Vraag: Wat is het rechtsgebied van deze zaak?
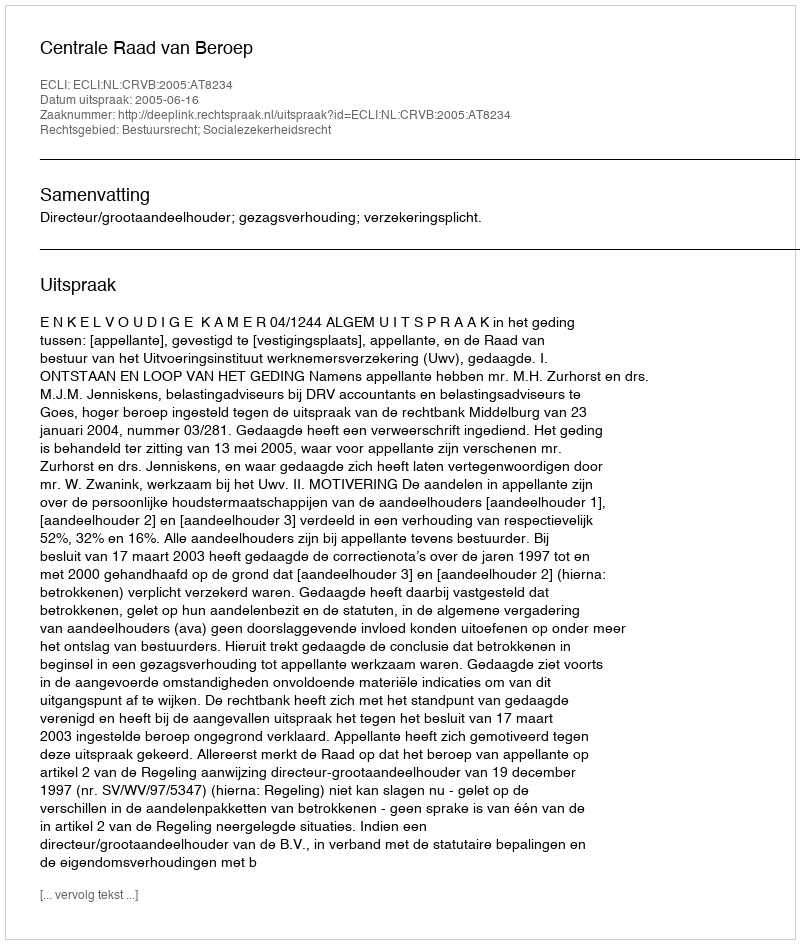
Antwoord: Bestuursrecht; Socialezekerheidsrecht